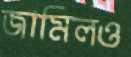
জামিলও